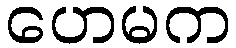
ဟေမက